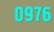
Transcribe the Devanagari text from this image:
०९७६